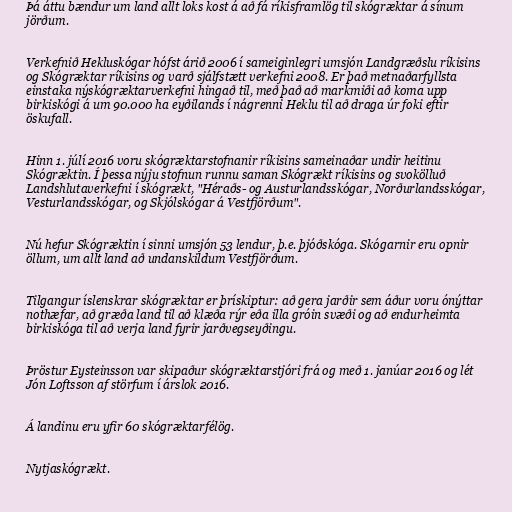
Þá áttu bændur um land allt loks kost á að fá ríkisframlög til skógræktar á sínum
jörðum.

Verkefnið Hekluskógar hófst árið 2006 í sameiginlegri umsjón Landgræðslu ríkisins
og Skógræktar ríkisins og varð sjálfstætt verkefni 2008. Er það metnaðarfyllsta
einstaka nýskógræktarverkefni hingað til, með það að markmiði að koma upp
birkiskógi á um 90.000 ha eyðilands í nágrenni Heklu til að draga úr foki eftir
öskufall.

Hinn 1. júlí 2016 voru skógræktarstofnanir ríkisins sameinaðar undir heitinu
Skógræktin. Í þessa nýju stofnun runnu saman Skógrækt ríkisins og svokölluð
Landshlutaverkefni í skógrækt, "Héraðs- og Austurlandsskógar, Norðurlandsskógar,
Vesturlandsskógar, og Skjólskógar á Vestfjörðum".

Nú hefur Skógræktin í sinni umsjón 53 lendur, þ.e. þjóðskóga. Skógarnir eru opnir
öllum, um allt land að undanskildum Vestfjörðum.

Tilgangur íslenskrar skógræktar er þrískiptur: að gera jarðir sem áður voru ónýttar
nothæfar, að græða land til að klæða rýr eða illa gróin svæði og að endurheimta
birkiskóga til að verja land fyrir jarðvegseyðingu.

Þröstur Eysteinsson var skipaður skógræktarstjóri frá og með 1. janúar 2016 og lét
Jón Loftsson af störfum í árslok 2016.

Á landinu eru yfir 60 skógræktarfélög.

Nytjaskógrækt.